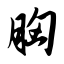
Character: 胸